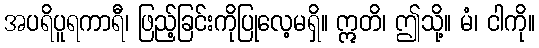
အပရိပူရကာရီ၊ ဖြည့်ခြင်းကိုပြုလေ့မရှိ။ ဣတိ၊ ဤသို့။ မံ၊ ငါကို။